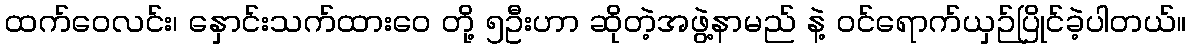
ထက်ဝေလင်း၊ နှောင်းသက်ထားဝေ တို့ ၅ဦးဟာ ဆိုတဲ့အဖွဲ့နာမည် နဲ့ ဝင်ရောက်ယှဉ်ပြိုင်ခဲ့ပါတယ်။